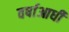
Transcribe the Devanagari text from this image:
वर्षाआधी